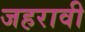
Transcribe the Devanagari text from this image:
जहरावी